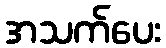
အသက်ပေး